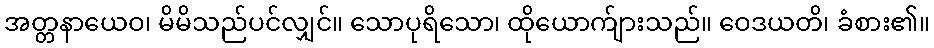
အတ္တနာယေဝ၊ မိမိသည်ပင်လျှင်။ သောပုရိသော၊ ထိုယောက်ျားသည်။ ဝေဒယတိ၊ ခံစား၏။